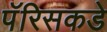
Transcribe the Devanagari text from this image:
पॅरिसकडे